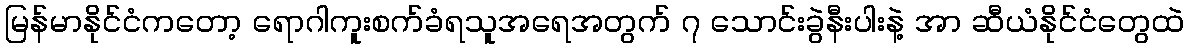
မြန်မာနိုင်ငံကတော့ ရောဂါကူးစက်ခံရသူအရေအတွက် ၇ သောင်းခွဲနီးပါးနဲ့ အာ ဆီယံနိုင်ငံတွေထဲ